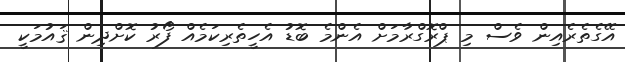
އޭގެތެރެއިން ވެސް މި ޕްރޮގްރާމަށް އެންމެ ބޮޑު އެހީތެރިކަމެއް ފޯރު ކޮށްދިން ޤައުމަކީ